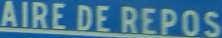
AIREDEREPOS